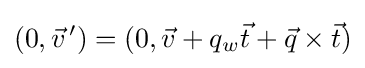
(0,{\vec {v}}^{\,\prime })=(0,{\vec {v}}+q_{w}{\vec {t}}+{\vec {q}}\times {\vec {t}})